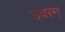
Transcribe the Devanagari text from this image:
उदरम्